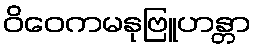
ဝိဝေကမနုဗြူဟန္တာ